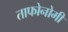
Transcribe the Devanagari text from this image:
ताफोनोमी